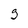
Character: g